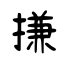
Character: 搛